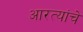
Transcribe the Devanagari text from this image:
आरत्यांचे